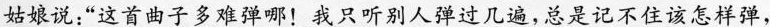
姑娘说：”这首曲子多难弹哪！我只听别人弹过几遍，总是记不住该怎样弹，